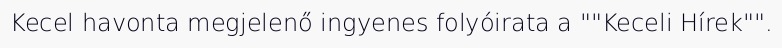
Kecel havonta megjelenő ingyenes folyóirata a ""Keceli Hírek"".